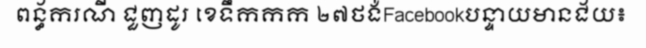
ពន្ធ័ករណី ជួញដូរ ខេទឹកកក ២៧ថង់Facebookបន្ទាយមានជ័យ៖